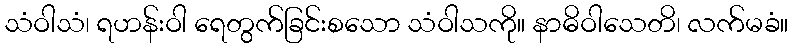
သံဝါသံ၊ ရဟန်းဝါ ရေတွက်ခြင်းစသော သံဝါသကို။ နာဓိဝါသေတိ၊ လက်မခံ။